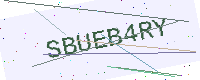
Text: SBUEB4RY